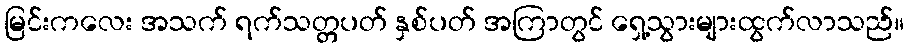
မြင်းကလေး အသက် ရက်သတ္တပတ် နှစ်ပတ် အကြာတွင် ရှေ့သွားများထွက်လာသည်။